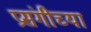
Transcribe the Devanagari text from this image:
प्रसंगीच्या